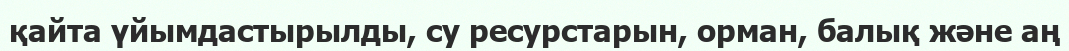
қайта үйымдастырылды, су ресурстарын, орман, балық және аң